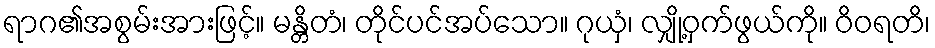
ရာဂ၏အစွမ်းအားဖြင့်။ မန္တိတံ၊ တိုင်ပင်အပ်သော။ ဂုယှံ၊ လျှို့ဝှက်ဖွယ်ကို။ ဝိဝရတိ၊